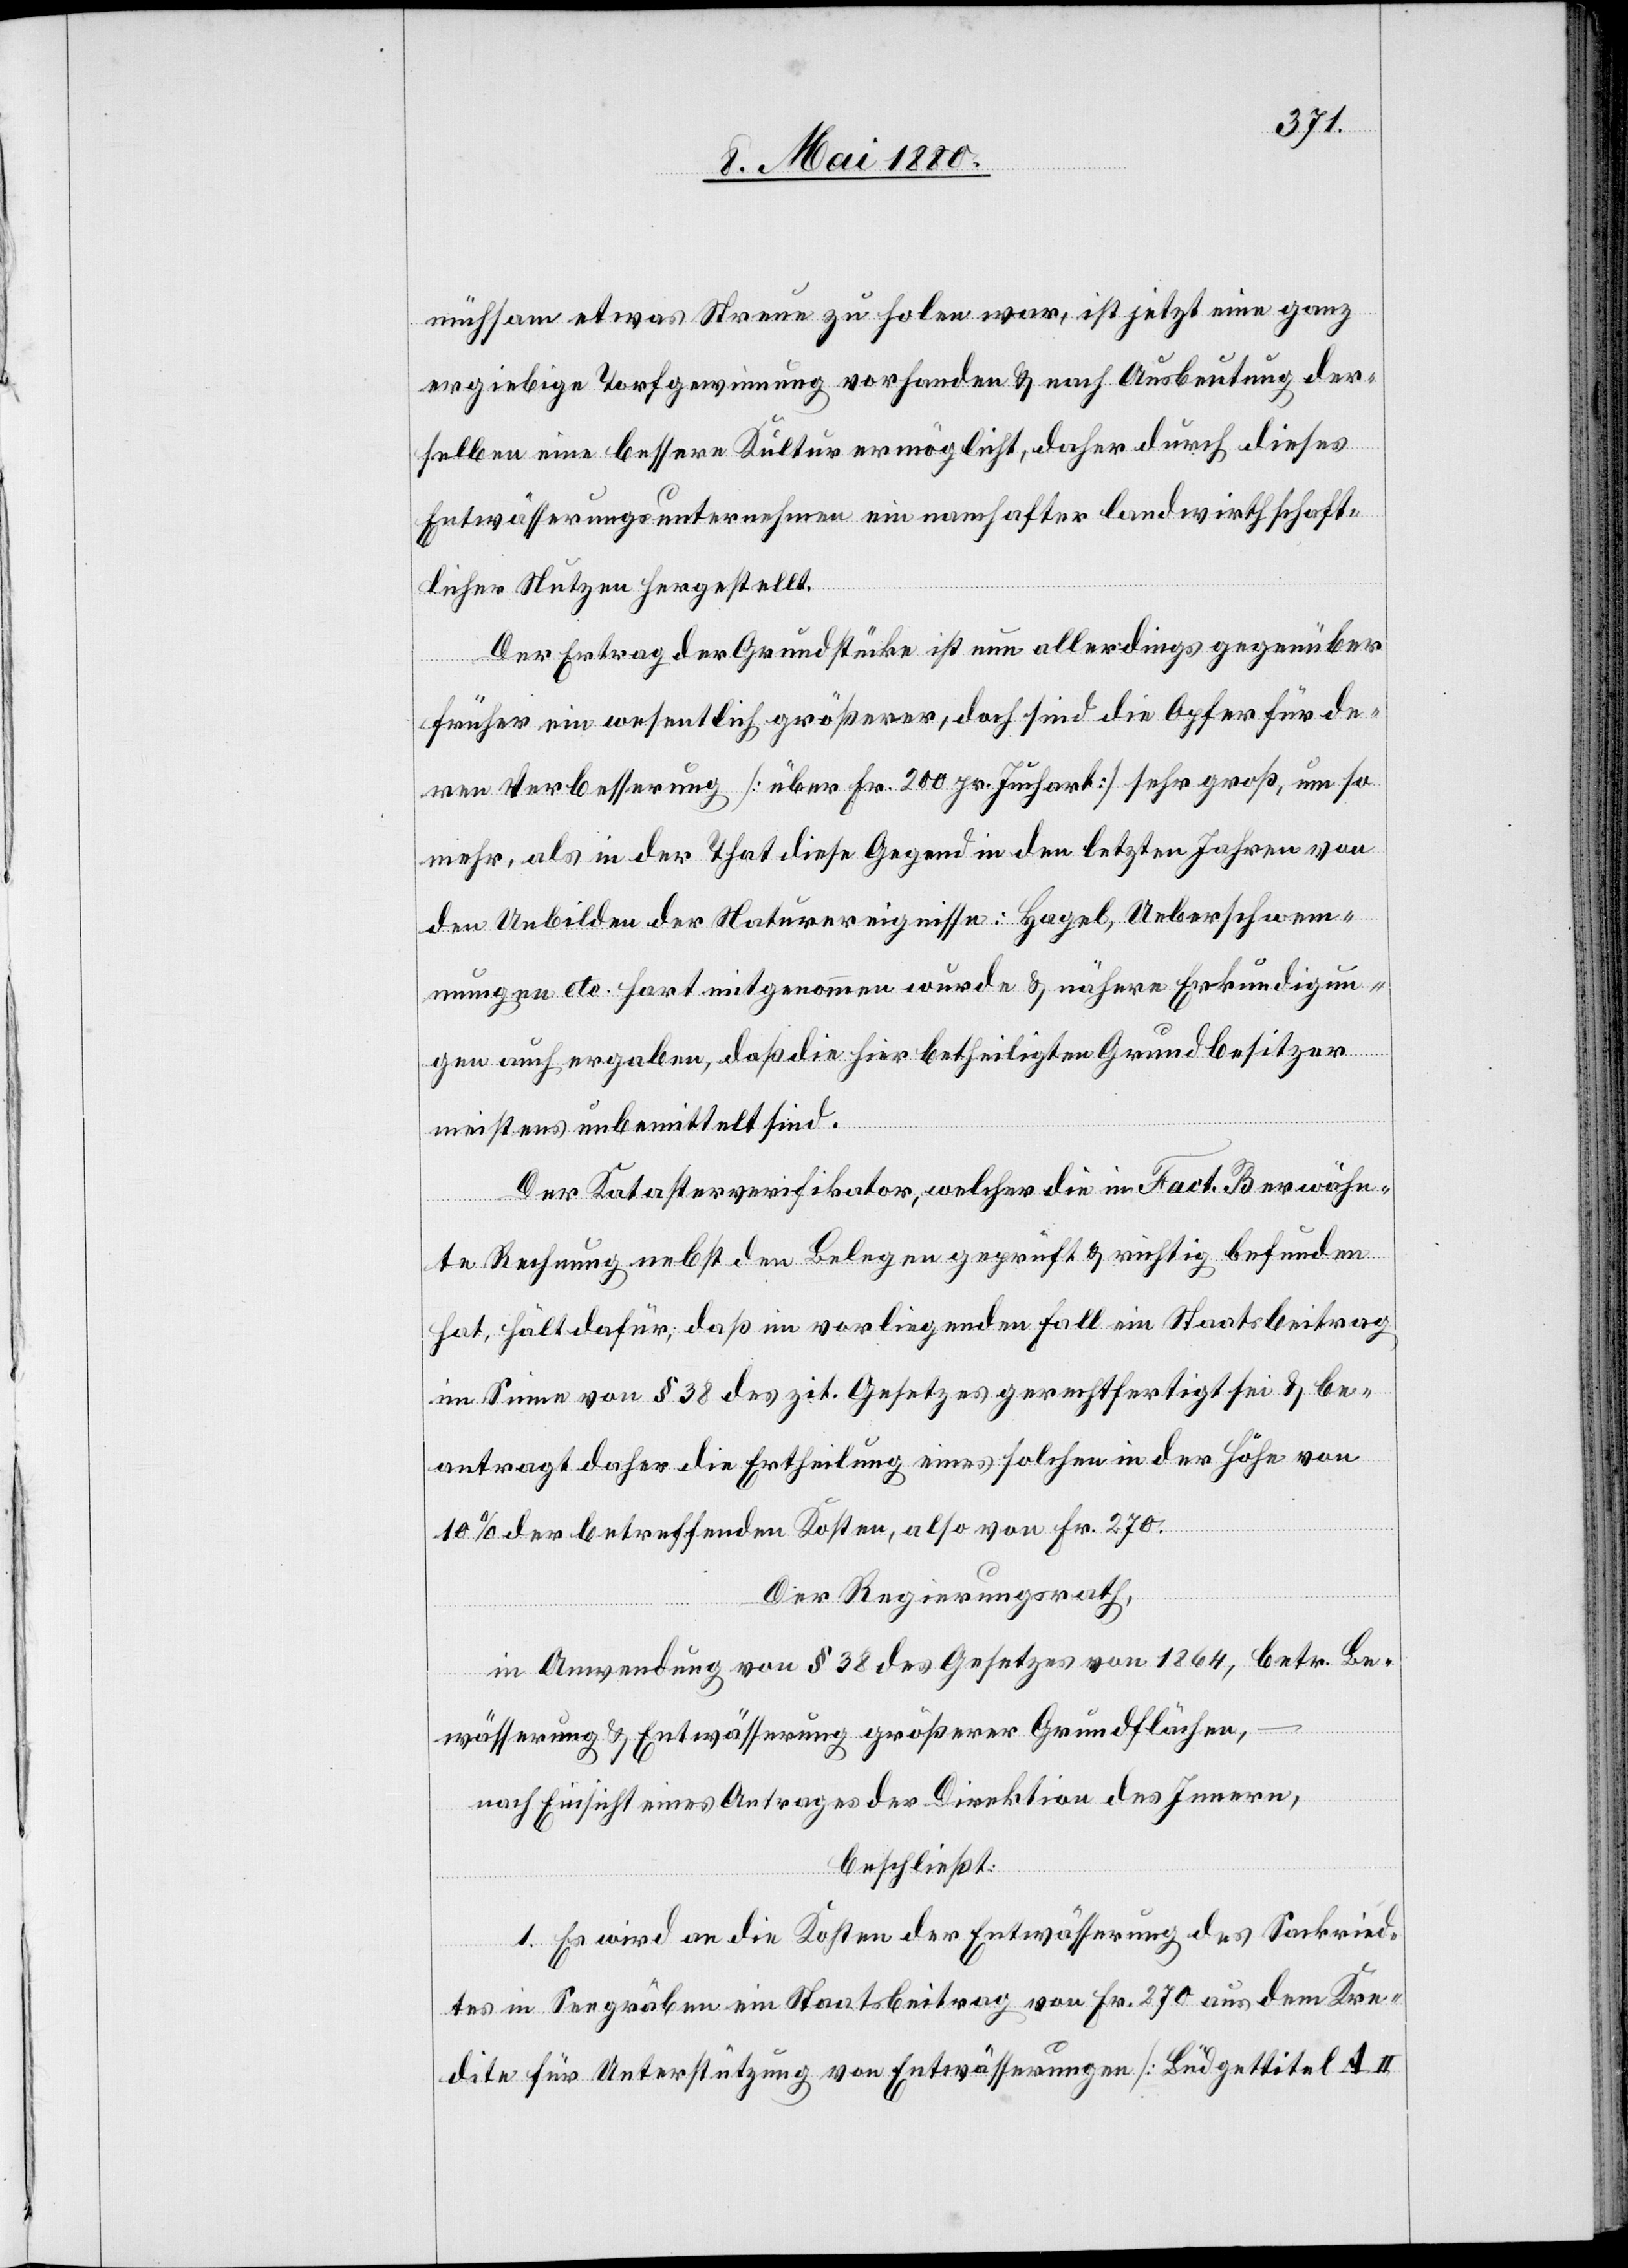
mühsam etwas Streue zu holen war, ist jetzt eine ganz
ergiebige Torfgewinnung vorhanden & nach Ausbeutung der¬
selben eine bessere Kultur ermöglicht, daher durch dieses
Entwässerungsunternehmen ein namhafter landwirthschaft¬
licher Nutzen hergestellt.
Der Ertrag der Grundstücke ist nun allerdings gegenüber
früher ein wesentlich größerer, doch sind die Opfer für de¬
ren Verbesserung [über Fr. 200 pr. Juchart] sehr groß, um so
mehr, als in der That diese Gegend in den letzten Jahren von
den Unbilden der Naturereignisse: Hagel, Ueberschwem¬
mungen etc. hart mitgenommen wurde & nähere Erkundigun¬
gen auch ergaben, daß die hier betheiligten Grundbesitzer
meistens unbemittelt sind.
Der Katasterverifikator, welcher die in Fact. B erwähn¬
te Rechnung nebst den Belegen geprüft & richtig befunden
hat, hält dafür, daß im vorliegenden Fall ein Staatsbeitrag
im Sinne von § 38 des zit. Gesetzes gerechtfertigt sei & be¬
antragt daher die Ertheilung eines solchen in der Höhe von
10% der betreffenden Kosten, also von Fr. 270.
Der Regierungsrath,
in Anwendung von § 38 des Gesetzes von 1864, betr. Be¬
wässerung & Entwässerung größerer Grundflächen,
nach Einsicht eines Antrages der Direktion des Innern,
beschließt:
1. Es wird an die Kosten der Entwässerung des Sackried¬
tes in Seegräben ein Staatsbeitrag von Fr. 270 aus dem Kre¬
dite für Unterstützung von Entwässerungen [Büdgettitel A. II.